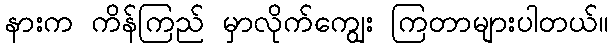
နားက ကိန်ကြည် မှာလိုက်ကျွေး ကြတာများပါတယ်။